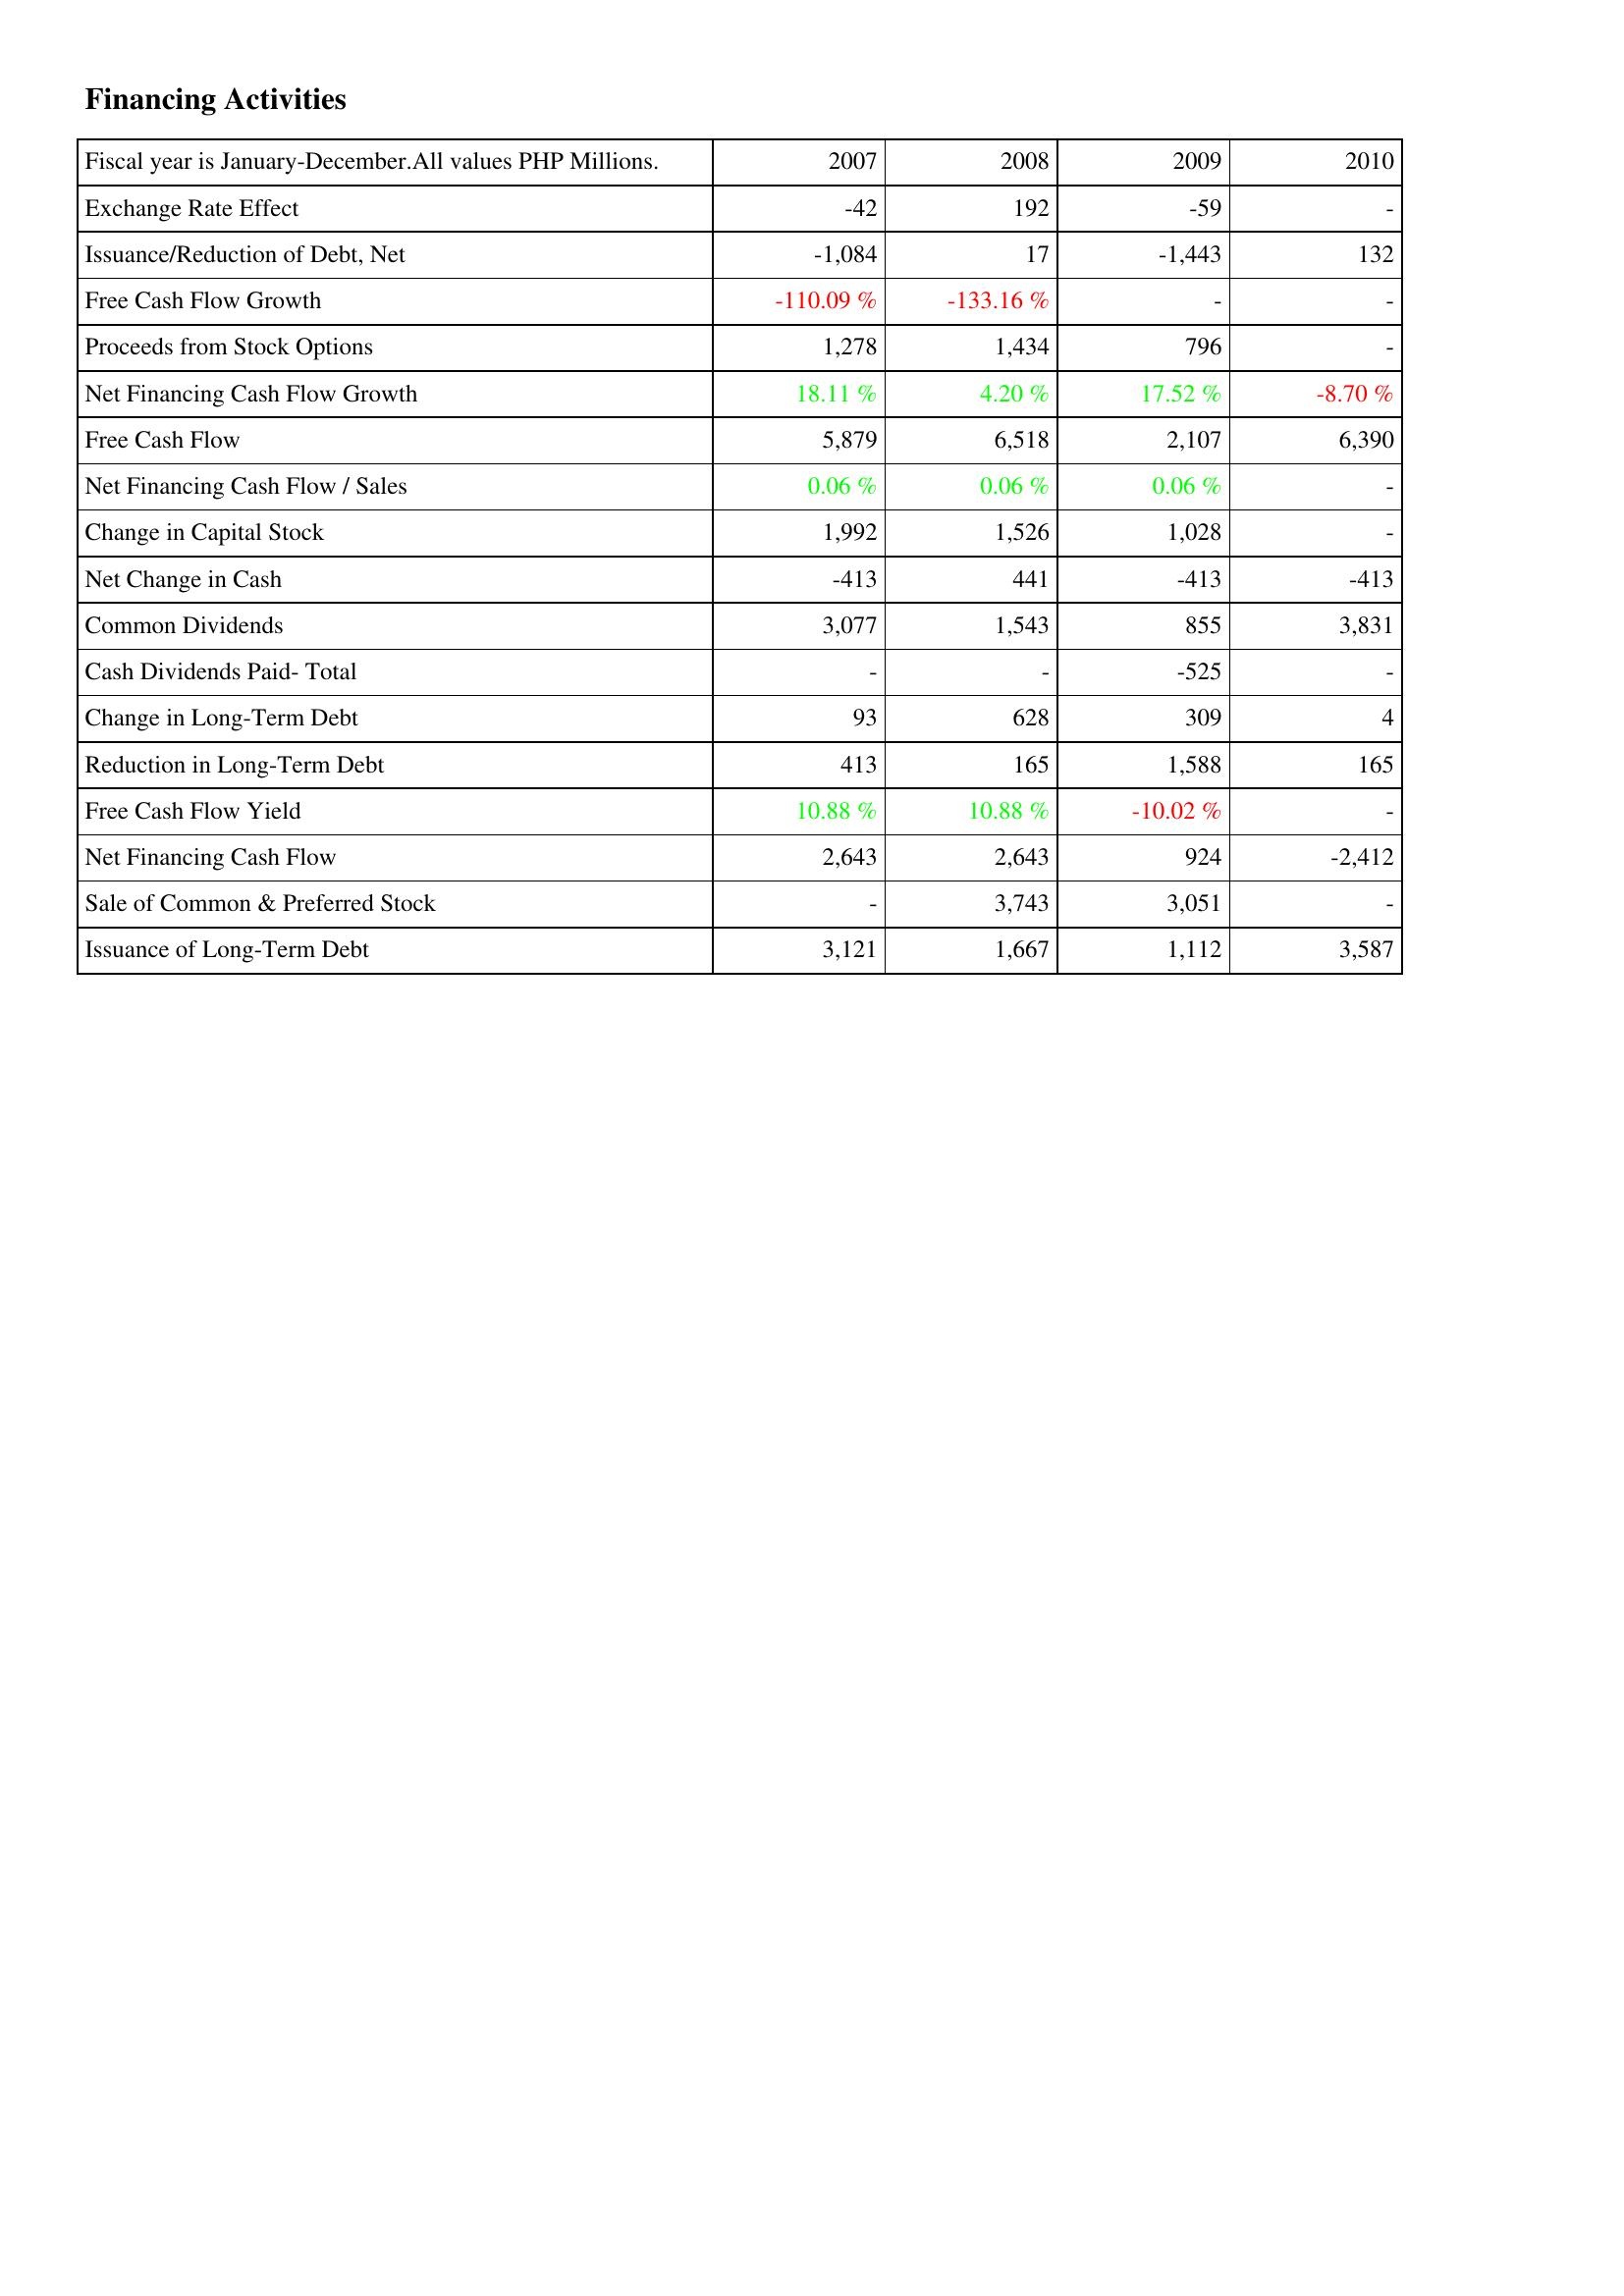
2007: Financing Activities: Exchange Rate Effect: -42
Issuance/Reduction of Debt, Net: -1,084
Free Cash Flow Growth: -110.09 %
Proceeds from Stock Options: 1,278
Net Financing Cash Flow Growth: 18.11 %
Free Cash Flow: 5,879
Net Financing Cash Flow / Sales: 0.06 %
Change in Capital Stock: 1,992
Net Change in Cash: -413
Common Dividends: 3,077
Cash Dividends Paid- Total: -
Change in Long-Term Debt: 93
Reduction in Long-Term Debt: 413
Free Cash Flow Yield: 10.88 %
Net Financing Cash Flow: 2,643
Sale of Common & Preferred Stock: -
Issuance of Long-Term Debt: 3,121
2008: Financing Activities: Exchange Rate Effect: 192
Issuance/Reduction of Debt, Net: 17
Free Cash Flow Growth: -133.16 %
Proceeds from Stock Options: 1,434
Net Financing Cash Flow Growth: 4.20 %
Free Cash Flow: 6,518
Net Financing Cash Flow / Sales: 0.06 %
Change in Capital Stock: 1,526
Net Change in Cash: 441
Common Dividends: 1,543
Cash Dividends Paid- Total: -
Change in Long-Term Debt: 628
Reduction in Long-Term Debt: 165
Free Cash Flow Yield: 10.88 %
Net Financing Cash Flow: 2,643
Sale of Common & Preferred Stock: 3,743
Issuance of Long-Term Debt: 1,667
2009: Financing Activities: Exchange Rate Effect: -59
Issuance/Reduction of Debt, Net: -1,443
Free Cash Flow Growth: -
Proceeds from Stock Options: 796
Net Financing Cash Flow Growth: 17.52 %
Free Cash Flow: 2,107
Net Financing Cash Flow / Sales: 0.06 %
Change in Capital Stock: 1,028
Net Change in Cash: -413
Common Dividends: 855
Cash Dividends Paid- Total: -525
Change in Long-Term Debt: 309
Reduction in Long-Term Debt: 1,588
Free Cash Flow Yield: -10.02 %
Net Financing Cash Flow: 924
Sale of Common & Preferred Stock: 3,051
Issuance of Long-Term Debt: 1,112
2010: Financing Activities: Exchange Rate Effect: -
Issuance/Reduction of Debt, Net: 132
Free Cash Flow Growth: -
Proceeds from Stock Options: -
Net Financing Cash Flow Growth: -8.70 %
Free Cash Flow: 6,390
Net Financing Cash Flow / Sales: -
Change in Capital Stock: -
Net Change in Cash: -413
Common Dividends: 3,831
Cash Dividends Paid- Total: -
Change in Long-Term Debt: 4
Reduction in Long-Term Debt: 165
Free Cash Flow Yield: -
Net Financing Cash Flow: -2,412
Sale of Common & Preferred Stock: -
Issuance of Long-Term Debt: 3,587